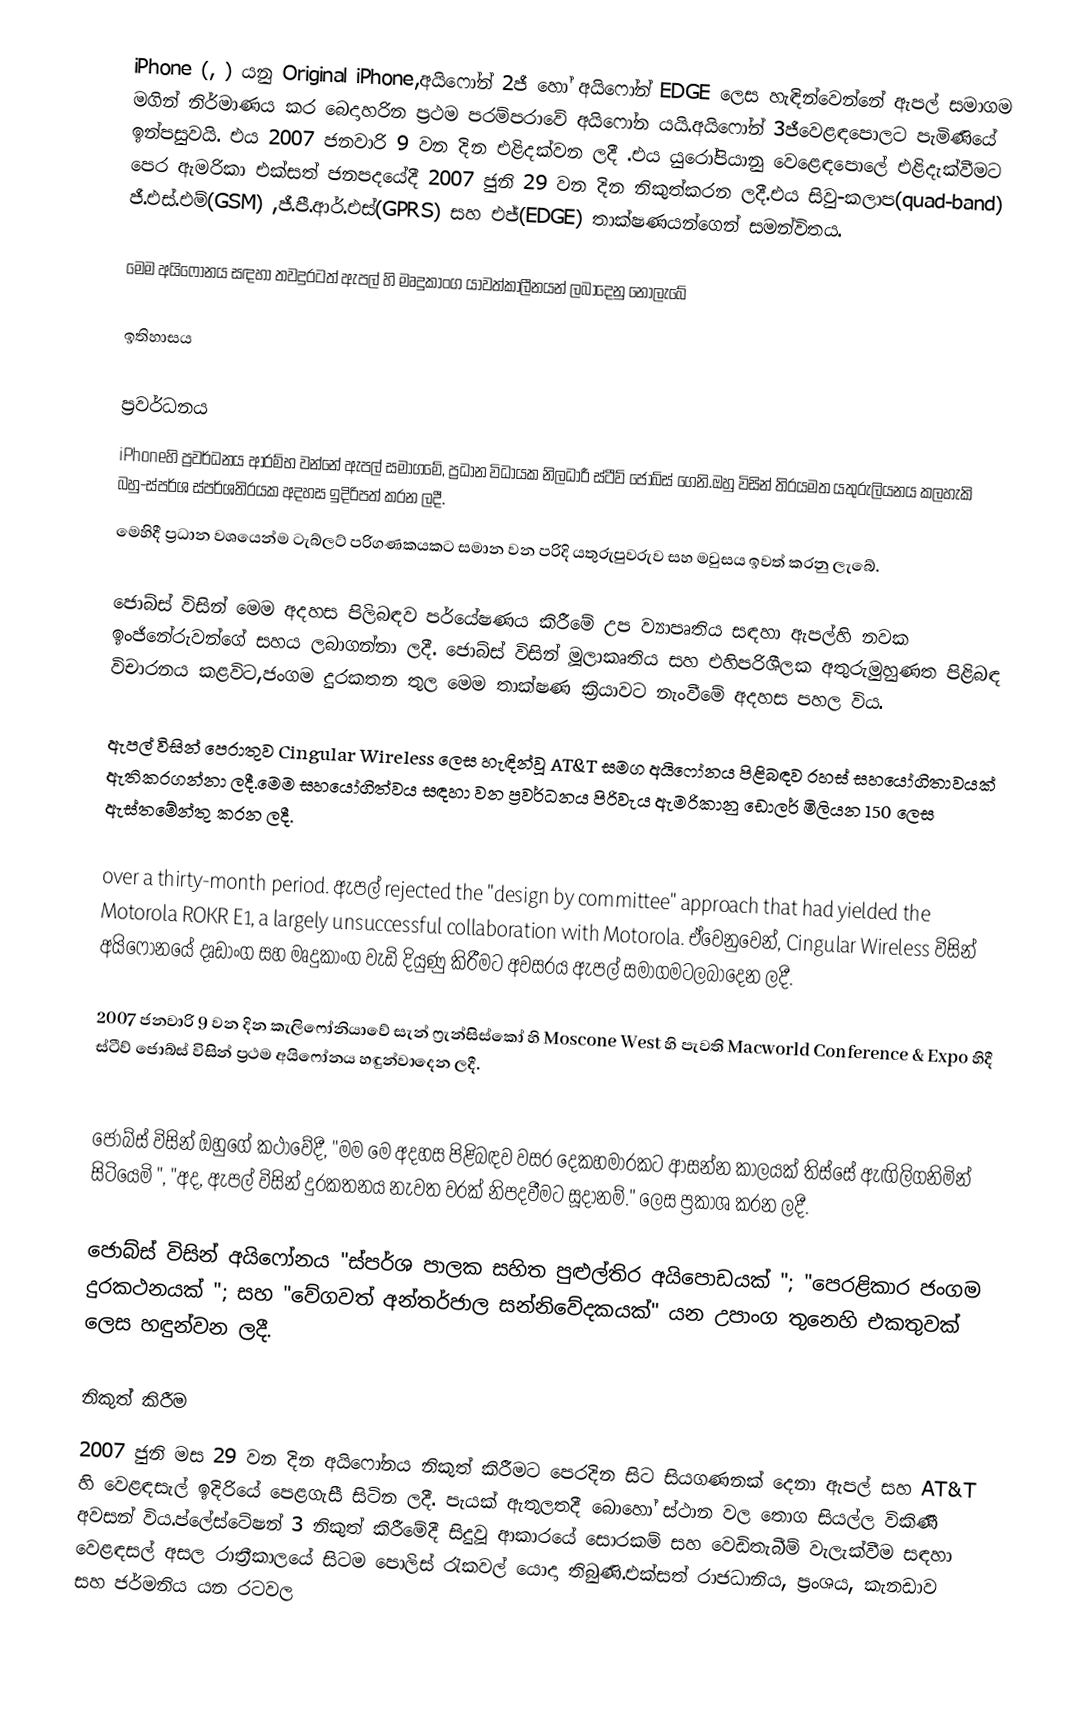
iPhone (, ) යනු Original iPhone,අයිෆෝන් 2ජී හෝ අයිෆෝන් EDGE ලෙස හැඳින්වෙන්නේ ඇපල් සමාගම මගින් නිර්මාණය කර බෙදාහරින ප්‍රථම පරම්පරාවේ අයිෆෝන යයි.අයිෆෝන් 3ජීවෙළඳපොලට පැමිණියේ ඉන්පසුවයි. එය 2007 ජනවාරි 9 වන දින එළිදක්වන ලදී .එය යුරෝපියානු වෙළෙඳපොලේ එළිදැක්වීමට පෙර ඇමරිකා එක්සත් ජනපදයේදී 2007 ජුනි 29 වන දින නිකුත්කරන ලදී.එය සිවු-කලාප(quad-band) ජී.එස්.එම්(GSM) ,ජී.පී.ආර්.එස්(GPRS) සහ එජ්(EDGE) තාක්ෂණයන්ගෙන් සමන්විතය.

මෙම අයිෆෝනය සඳහා තවදුරටත් ඇපල් හි මෘදුකාංග යාවත්කාලීනයන් ලබාදෙනු නොලැබේ

ඉතිහාසය

ප්‍රවර්ධනය
iPhoneහි ප්‍රවර්ධනය ආරම්භ වන්නේ ඇපල් සමාගමේ, ප්‍රධාන විධායක නිලධාරී ස්ටීව් ජොබ්ස්‍‍‍ ගෙනි.ඔහු විසින් තිරයමත යතුරුලියනය කලහැකි බහු-ස්පර්ශ ස්පර්ශතිරය‍‍ක අදහස ඉදිරිපත් කරන ලදී.
මෙහිදී ප්‍රධාන වශයෙන්ම ටැබ්ලට් පරිගණකයකට සමාන වන පරිදි යතුරුපුවරුව සහ මවුසය ඉවත් කරනු ලැබේ.

ජොබ්ස් විසින් මෙම අදහස පිලිබඳව පර්යේෂණය කිරීමේ උප ව්‍යාපෘතිය සඳහා ඇපල්හි නවක ඉංජිනේරුවන්ගේ සහය ලබාගන්නා ලදී. ජොබ්ස් විසින් මූලාකෘතිය සහ එහිපරිශීලක අතුරුමුහුණත පිළිබඳ විචාරනය කළවිට,ජංගම දුරකතන තුල මෙම තාක්ෂණ ක්‍රියාවට නැංවීමේ අදහස පහල විය.

ඇපල් විසින් පෙරාතුව Cingular Wireless ලෙස හැඳින්වූ AT&T සමග අයිෆෝනය පිළිබඳව රහස් සහයෝගිතාවයක් ඇතිකරගන්නා ලදී.මෙම සහයෝගිත්වය සඳහා වන ප්‍රවර්ධනය පිරිවැය ඇමරිකානු ඩොලර් මිලියන 150 ලෙස ඇස්තමේන්තු කරන ලදී.

over a thirty-month period. ඇපල් rejected the "design by committee" approach that had yielded the Motorola ROKR E1, ‍a largely unsuccessful collaboration with Motorola. ඒවෙනුවෙන්, Cingular Wireless විසින් අයිෆෝනයේ දෘඩාංග සහ මෘදුකාංග වැඩි දියුණු කිරීමට අවසරය ඇපල් සමාගමටලබාදෙන ලදී.

2007 ජනවාරි 9 වන දින කැලිෆෝනියාවේ සැන් ෆ්‍රැන්සිස්කෝ හි Moscone West හි පැවති Macworld Conference & Expo හිදී ස්ටීව් ජොබ්ස් විසින් ප්‍රථම අයිෆෝනය හඳුන්වාදෙන ලදී.

ජොබ්ස් විසින් ඔහුගේ කථාවේදී, "මම මෙ අදහස පිළිබඳව වසර දෙකහමාරකට ආසන්න කාලයක් තිස්සේ ඇඟිලිගනිමින් සිටියෙමි ", "අද, ඇපල් විසින් දුරකතනය නැවත වරක් නිපදවීමට සූදානම්." ලෙස ප්‍රකාශ කරන ලදී.

ජොබ්ස් විසින් අයිෆෝනය "ස්පර්ශ පාලක සහිත පුළුල්තිර අයිපොඩයක් "; "පෙරළිකාර ජංගම දුරකථනයක් "; සහ "වේගවත් අන්තර්ජාල සන්නිවේදකයක්" යන උපාංග තුනෙහි එකතුවක් ලෙස හඳුන්වන ලදී.

නිකුත් කිරීම
2007 ජුනි මස 29 වන දින අයිෆෝනය නිකුත් කිරීමට පෙරදින සිට සියගණනක් දෙනා ඇපල් සහ AT&T හි වෙළඳසැල් ඉදිරියේ පෙළගැසී සිටින ලදී. පැයක් ඇතුලතදී බොහෝ ස්ථාන වල තොග සියල්ල විකිණී අවසන් විය.ප්ලේස්ටේෂන් 3 නිකුත් කිරීමේදී සිදුවූ ආකාරයේ සොරකම් සහ වෙඩිතැබීම් වැලැක්වීම සඳහා වෙළඳසල් අසල රාත්‍රීකාලයේ සිටම පොලිස් රැකවල් යොදා තිබුණි.එක්සත් රාජධානිය, ප්‍රංශය, කැනඩාව සහ ජර්මනිය යන රටවල